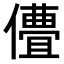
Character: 𬿽